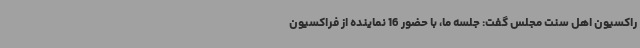
راکسیون اهل سنت مجلس گفت: جلسه ما، با حضور 16 نماینده از فراکسیون